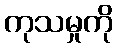
ကုသမှုကို